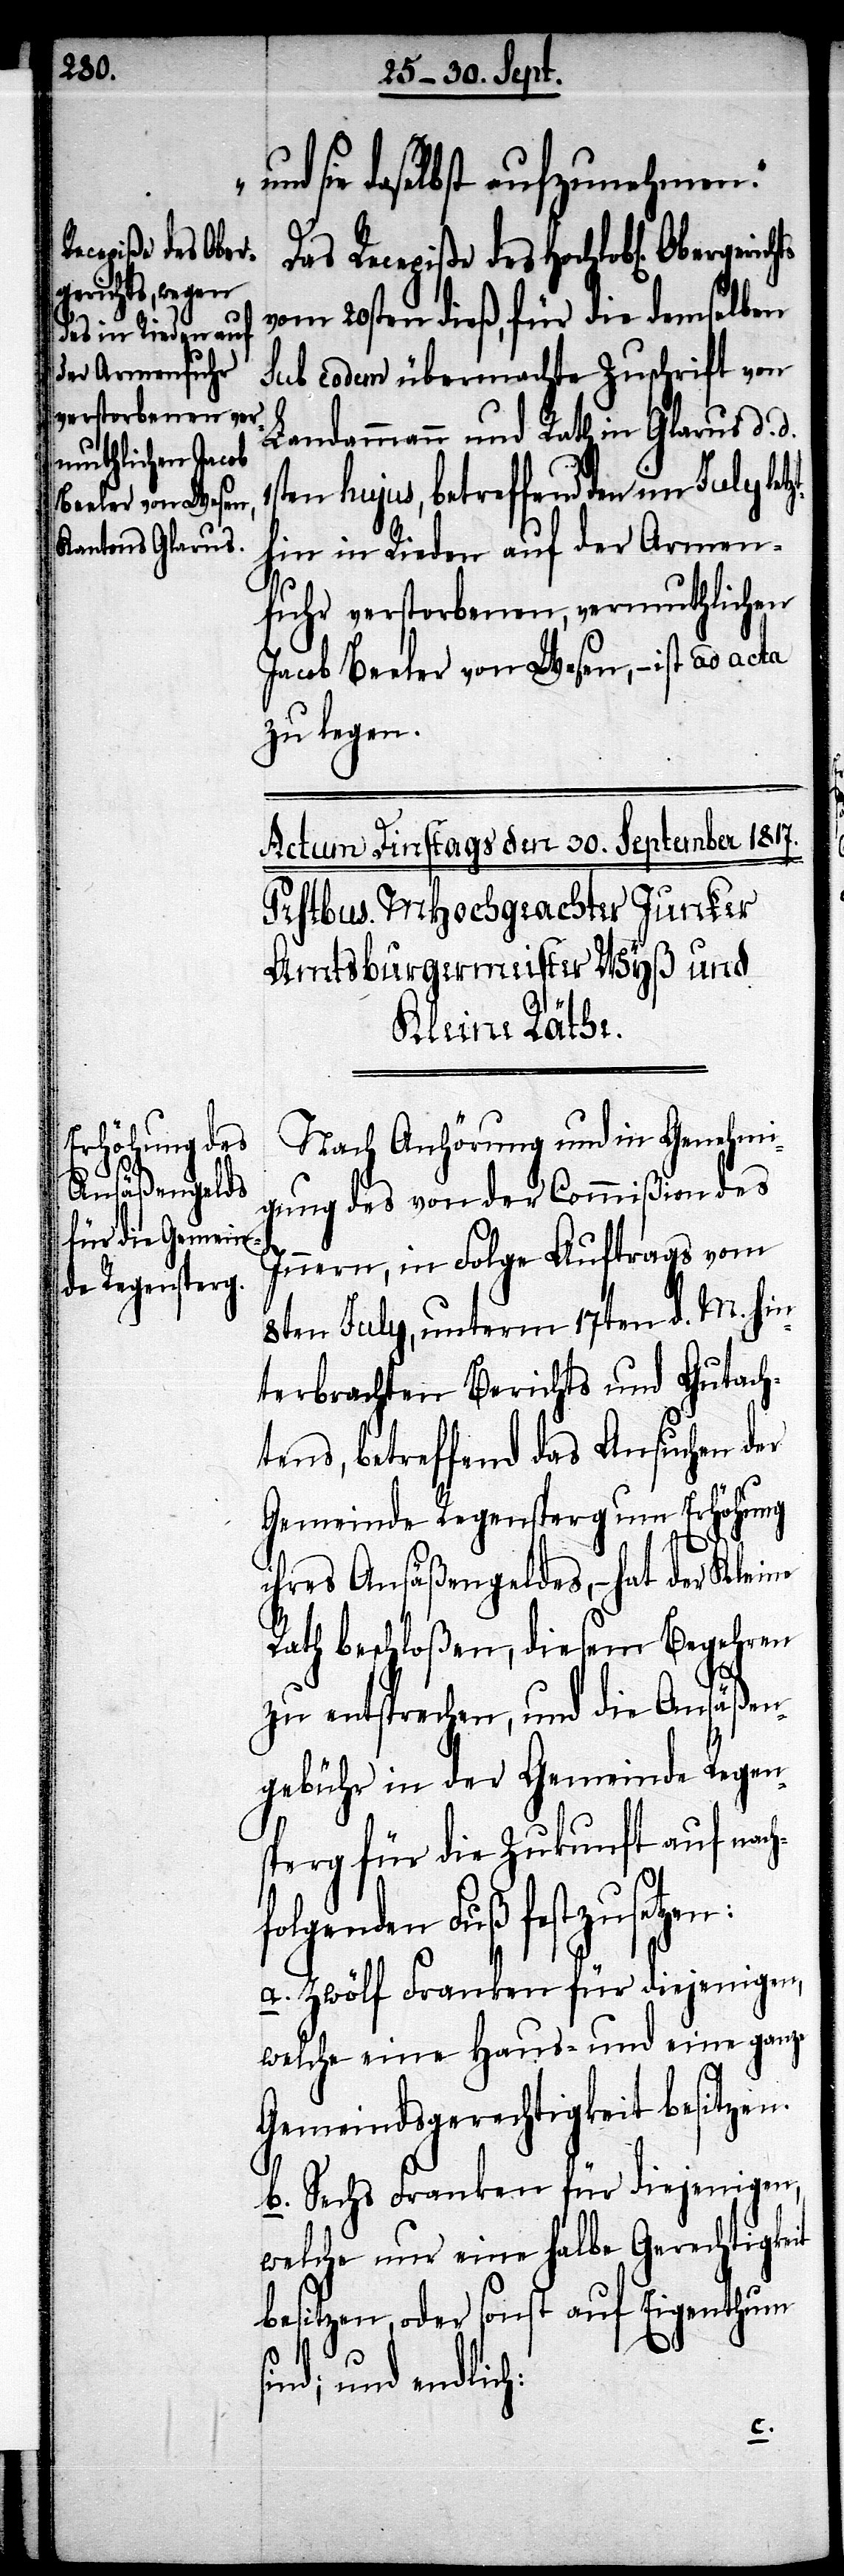
und sie daselbst aufzunehmen.“
Das Recepiße des Hochlobl. Obergeric¬
vom 20sten dieß, für die demselben
sub eodem übermachte Zuschrift von
Landammann und Rath in Glarus d. d.
ten hujus, betreffend den im July
hin in Rieden auf der Armen¬
fuhr verstorbenen, vermuthlichen
Jacob Beeler von Wesen, – ist ad acta
zu legen.
Nach Anhörung und in Genehmi¬
gung des von der Commißion des
Innern, in Folge Auftrags vom
8ten July, unterm 17ten d. M. hin¬
terbrachten Berichts und Gutach¬
tens, betreffend das Ansuchen der
Gemeinde Regensperg um Erhöhung
ihres Ansäßengeldes, - hat der Kleine
Rath beschloßen, diesem Begehren
zu entsprechen, und die Ansäßen¬
gebühr in der Gemeinde Regen¬
sperg für die Zukunft auf nach¬
folgenden Fuß festzusetzen:
a. Zwölf Franken für diejenigen,
welche eine Haus- und eine ganze
Gemeindsgerechtigkeit besitzen.
b. Sechs Franken für diejenigen,
welche nur eine halbe Gerechtigkeit
besitzen, oder sonst auf Eigenthum
sind; und endlich:
letzt¬